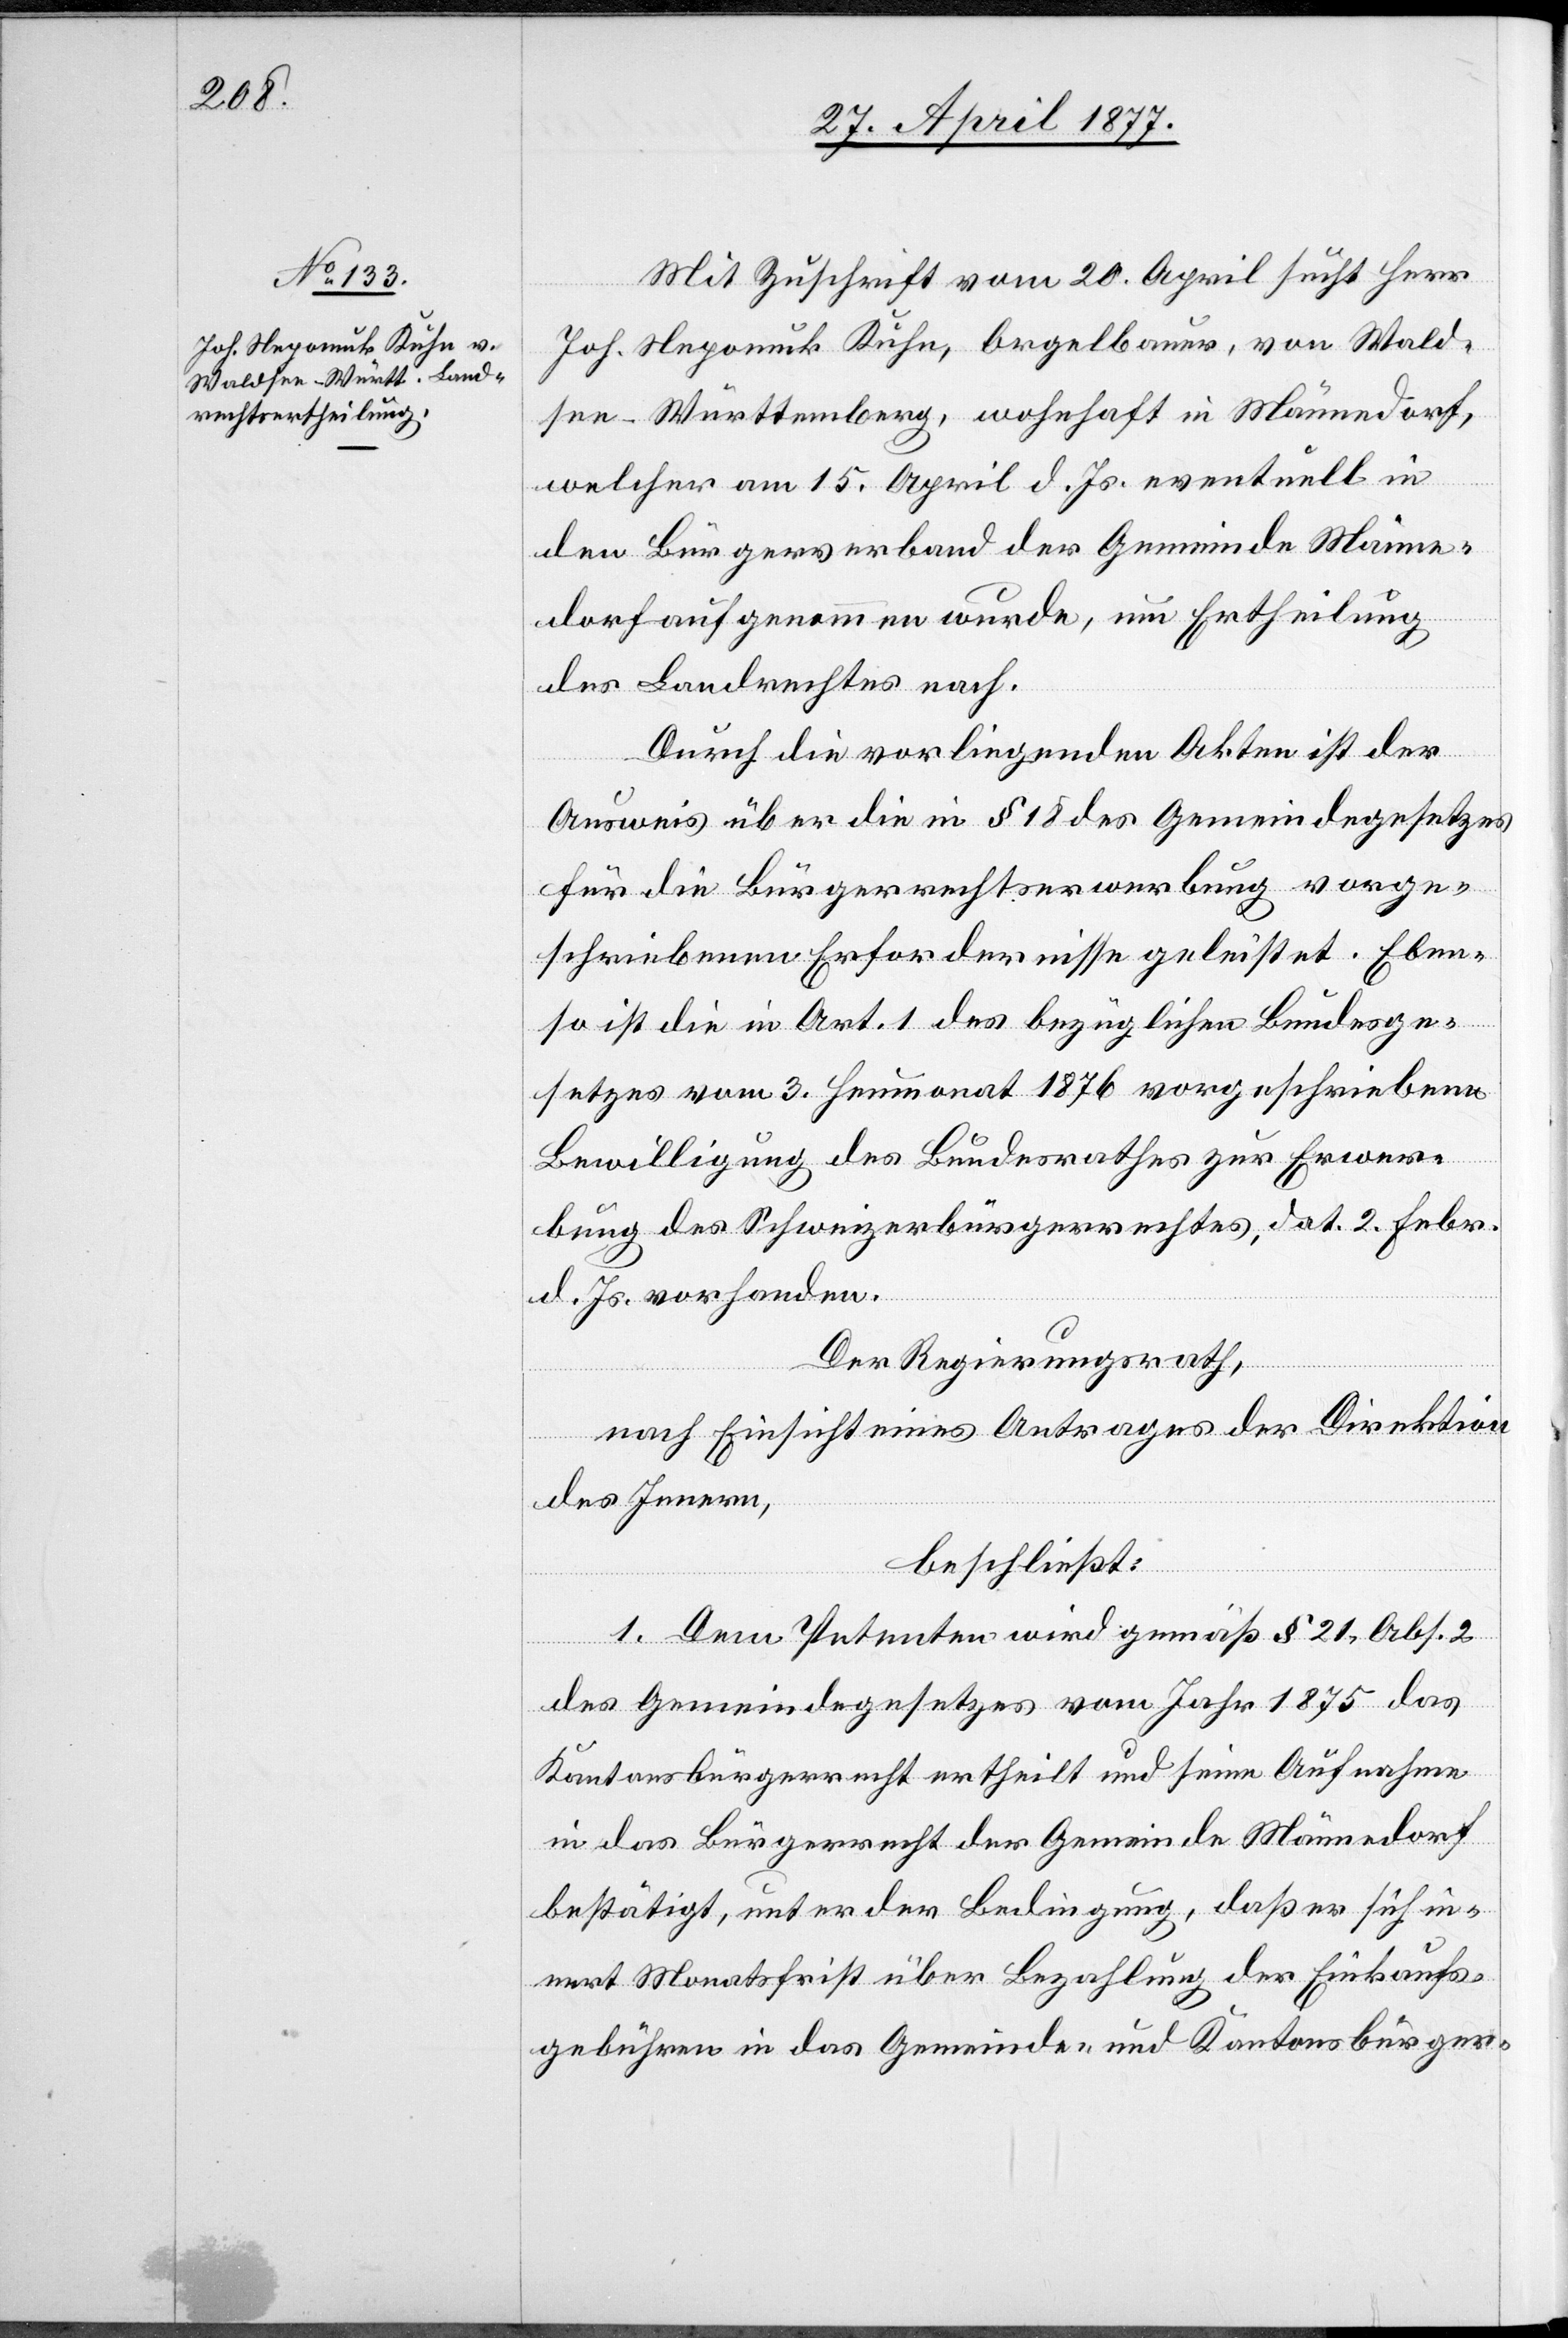
Mit Zuschrift vom 20. April sucht Herr
Joh. Nepomuk Kuhn, Orgelbauer, von Wald¬
see - Württemberg, wohnhaft in Männedorf,
welcher am 15. April d. Js. eventuell in
den Bürgerverband der Gemeinde Männe¬
dorf aufgenommen wurde, um Ertheilung
des Landrechtes nach.
Durch die vorliegenden Akten ist der
Ausweis über die in § 18 des Gemeindegesetzes
für die Bürgerrechtserwerbung vorge¬
schriebenen Erfordernisse geleistet. Eben¬
so ist die in Art. 1 des bezüglichen Bundege¬
setzes vom 3. Heumonat 1876 vorgeschriebene
Bewilligung des Bundesrathes zur Erwer¬
bung des Schweizerbürgerrechtes, dat. 2. Febr.
d. Js. vorhanden.
Der Regierungsrath,
nach Einsicht eines Antrages der Direktion
des Innern,
beschließt:
1. Dem Petenten wird gemäß § 21, Abs. 2
des Gemeindegesetzes vom Jahr 1875 das
Kantonsbürgerrecht ertheilt und seine Aufnahme
in das Bürgerrecht der Gemeinde Männedorf
bestätigt, unter der Bedingung, daß er sich in¬
nert Monatsfrist über Bezahlung der Einkaufs¬
gebühren in das Gemeinde- und Kantonsbürger-